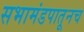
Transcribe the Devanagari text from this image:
सभामंडपातूनच